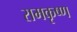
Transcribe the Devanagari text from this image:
रामकृष्‍ण